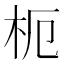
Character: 枙